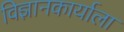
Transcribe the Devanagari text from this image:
विज्ञानकार्याला